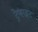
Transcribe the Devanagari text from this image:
ट्रेफाइट